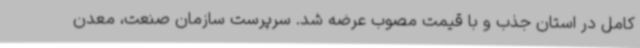
کامل در استان جذب و با قیمت مصوب عرضه شد. سرپرست سازمان صنعت، معدن